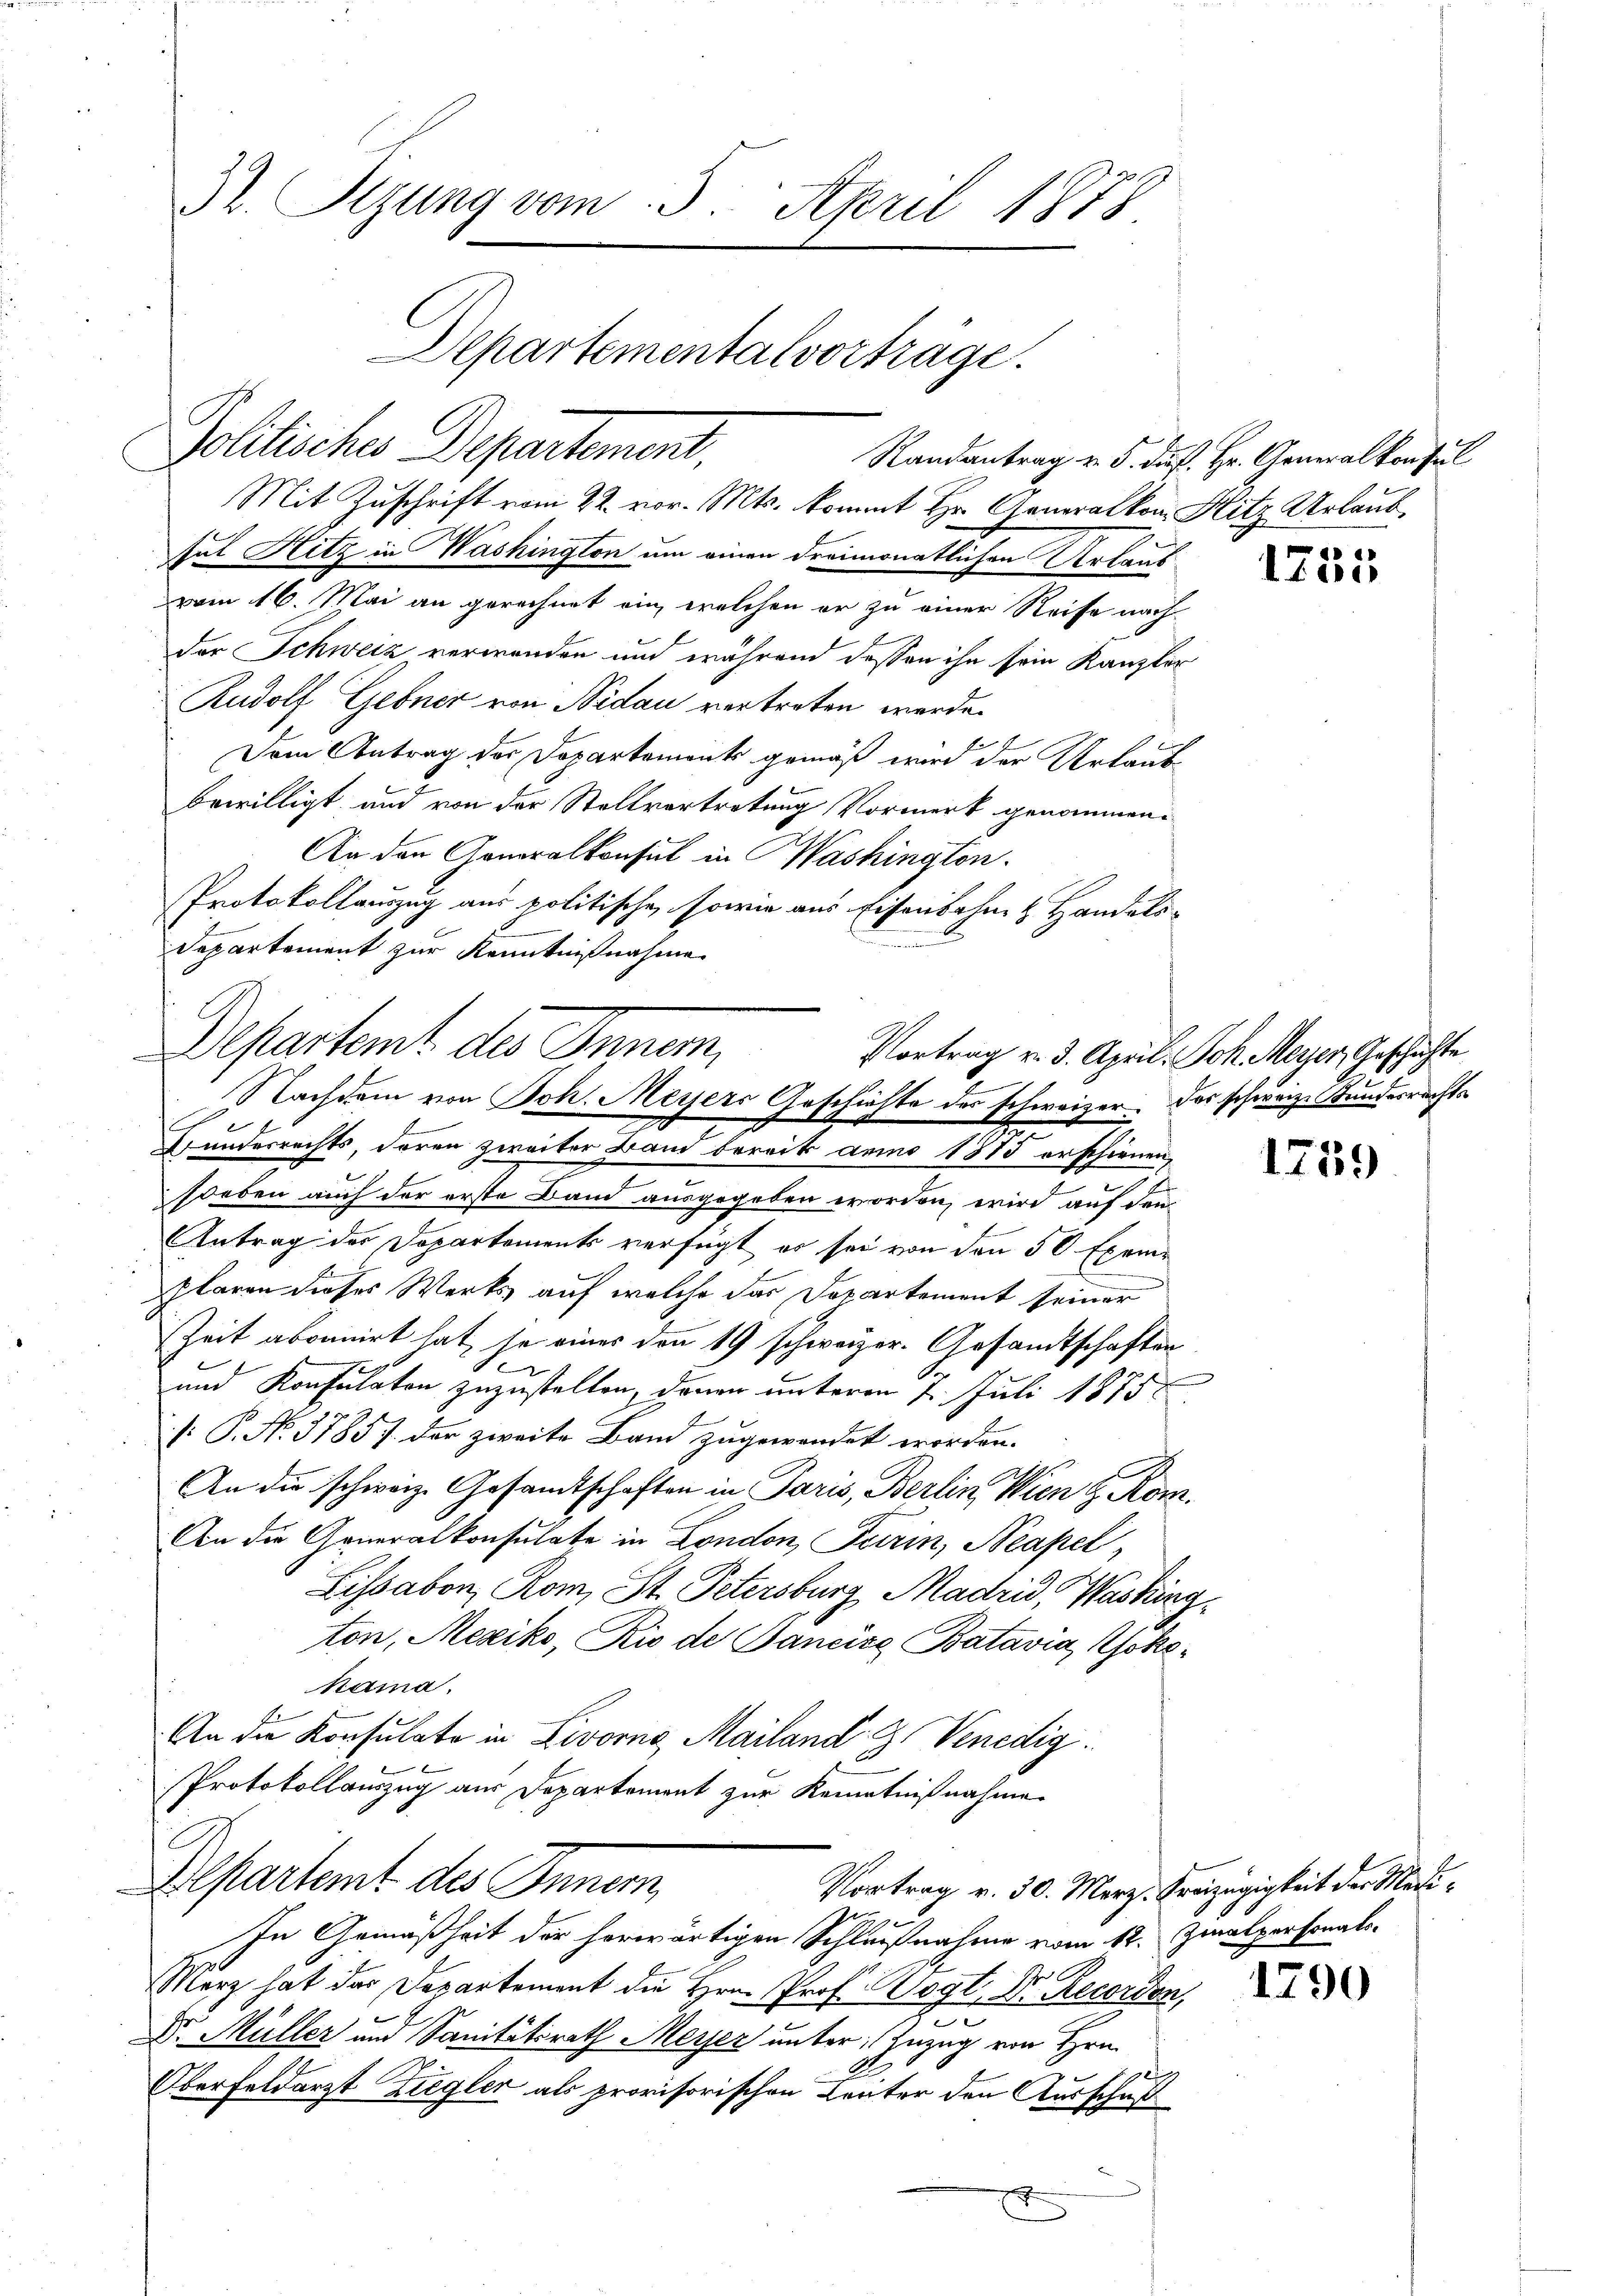
32. Sizung vom 3. April 1878
Departemental vorträge.
Pollisches Departement,
Randantrag v. 5. ds. Hr. Generalkonsul

sul Hitz in Washington um einen dreimonatlichen Urlaubvom 16. Mai an gerechnet ein, welchen er zu einer Reise nach
der Schweiz verwenden und während dessen ihn sein Kanzler
Rudolf Gebner von Nidau vertreten werde.
f
Dem Antrag der Dopartement gemäß wird der Urlaub
2
bewilligt und von der Stellvertretung Vormerk genommen:
An den Konoralkonsul in Washington.
Protokollauszug aus politische, sowie aus Eisenbahn & Handels-
Departement zur Kenntnißnahme

Mit Zuschrift vom 22. vor. Mts. kommt Hr. Generalkon Hitz Urlaub¬

soeben auch der erste Band ausgegeben worden, wird auf den
Antrag des Departements verfügt er sei von den 50 Exemklaren dieses Werks, auf welche das Departement seiner
Zeit abonnirt hat, je eines den 19 schweizer. Gesandtschaften
2
und Konsulaten zuzustellen, denen unterm 1. Juli 1875
/: P. No. 37857 der zweite Band zugewendet worden.
An die schweiz. Gesandtschaften in Paris, Berlin, Wien d. Rom.
An die Generalkonsulate in London, Turin, Neapel,
Lissabon, Rom, St. Petersburg Madrid, Washing
ton, Mexiko, Rio de Bancise Batavia, Yokehama.
An die Konsulate in Livorne Mailand Z. Venedig
Protokollauszug aus Departement zur Kenntnißnahme
Departamt des Inner
Vortrag v. 30. März. Kreizügigkeit der Medi¬
In Gemäßheit der herwärtigen Schlußnahme vom 12. Zialpersonal-
März hat das Departement die Hrn. Prof. Wogt. Dr. Recorden,
2
Dr. Müller und Sanitätsrath Meiser unter Zuzug von Hrn.
Oberfeldarzt Ziegler als provisorischen Leuter den Ausschuß

Departent des Innem
Nachdem von Joh. Meyers Geschichte des schweizer. Das schwarze Stundesrechts
2
Bunderrechts, deren zweiter Band bereits anno 1875 erschienen,

x

1755

Vortrag v. 3. April. Joh. Meyer, Geschichte

1759